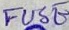
Text: FUSE